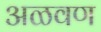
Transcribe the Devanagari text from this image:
अळवण